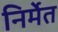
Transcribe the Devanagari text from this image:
निर्मेत